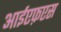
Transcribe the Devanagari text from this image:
आईएफ़एस